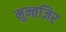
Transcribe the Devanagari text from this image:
मुन्तजिर